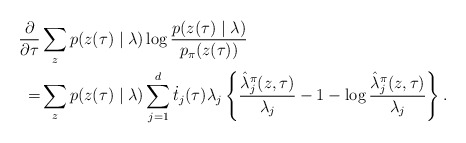
\begin{align*}\frac{\partial}{\partial \tau} & \sum_z p (z(\tau)\mid\lambda) \log \frac{p(z(\tau) \mid \lambda)}{p_\pi (z(\tau))} \\=& \sum_z p ( z (\tau) \mid \lambda )\sum^d_{j=1} \dot{t}_j(\tau) \lambda_j \left\{\frac{\hat{\lambda}_j^\pi(z,\tau)}{\lambda_j} - 1 -\log \frac{\hat{\lambda}^\pi_j(z,\tau)}{\lambda_j}\right\}.\end{align*}